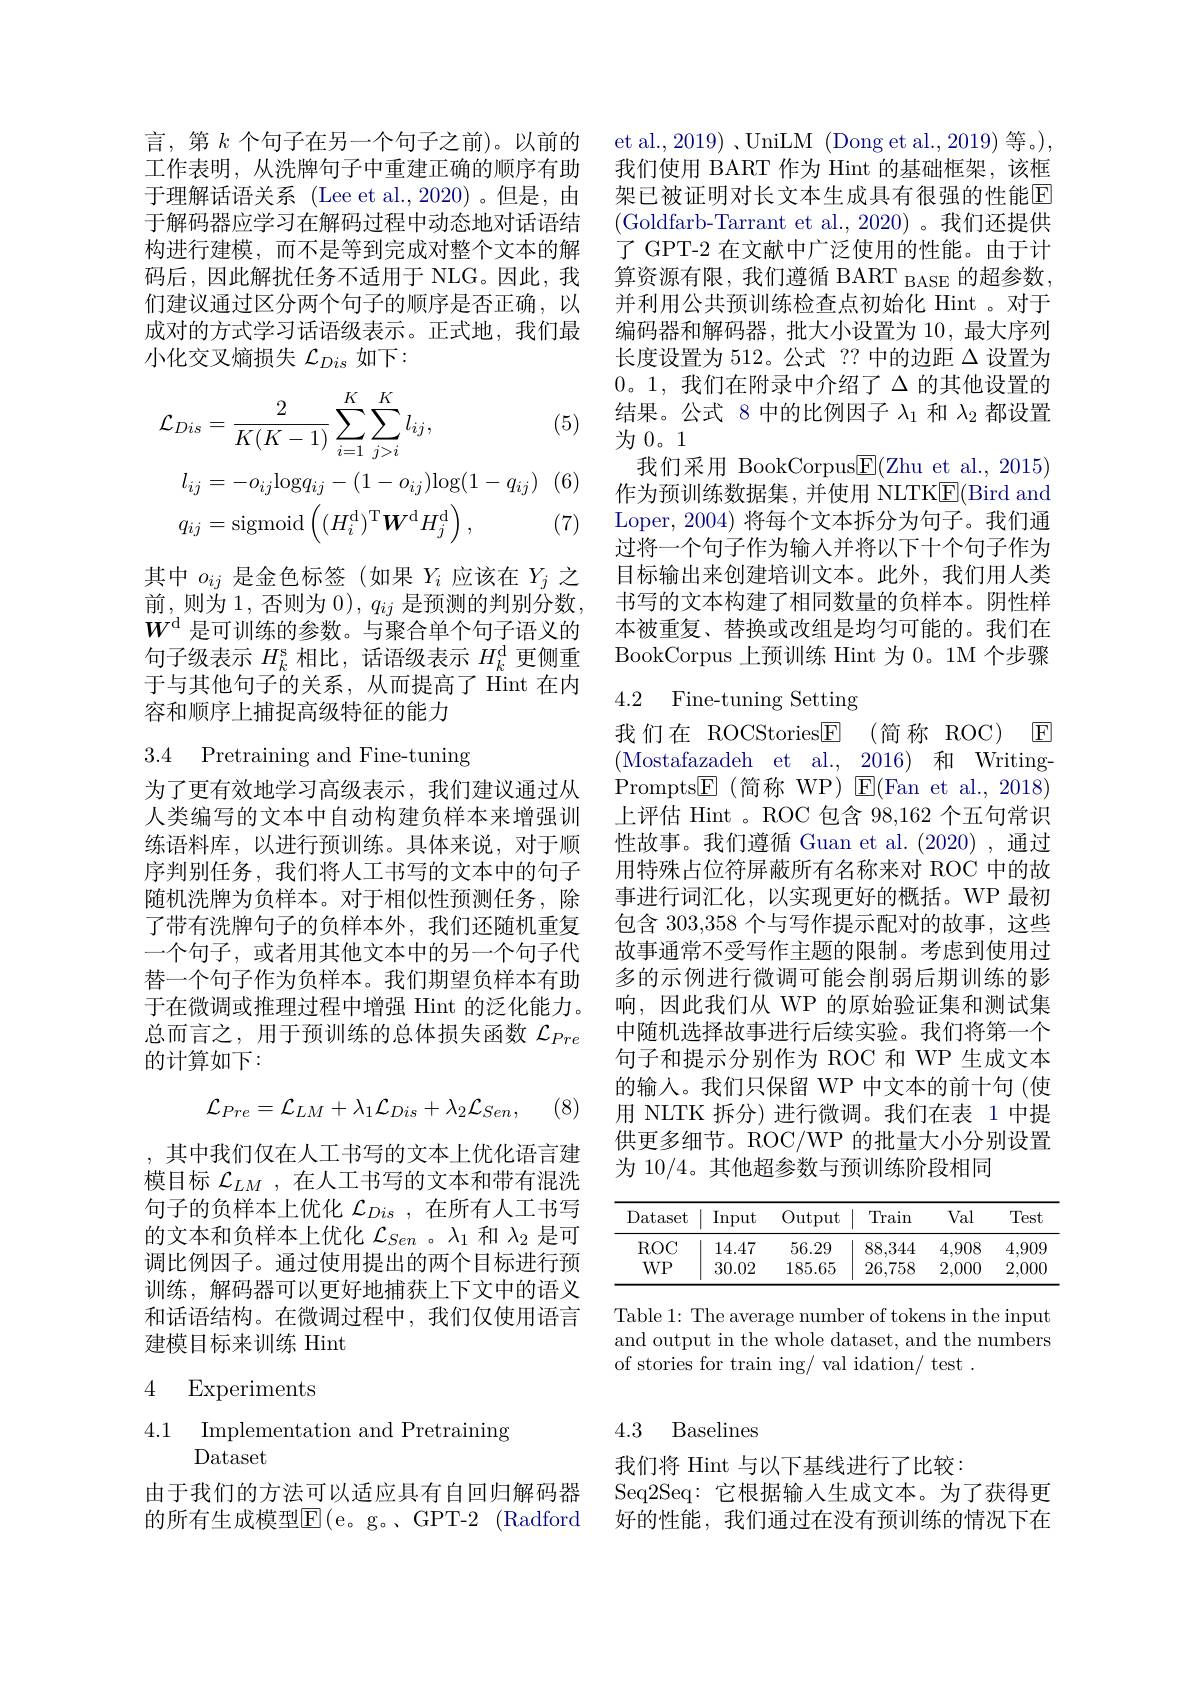
言，第$k$个句子在另一个句子之前)。以前的工作表明，从洗牌句子中重建正确的顺序有助于理解话语关系 (Lee et al.,2020)。但是，由于解码器应学习在解码过程中动态地对话语结构进行建模，而不是等到完成对整个文本的解码后，因此解扰任务不适用于 NLG。因此，我们建议通过区分两个句子的顺序是否正确，以成对的方式学习话语级表示。正式地，我们最小化交叉熵损失$\mathcal{L}_Dis$如下：

(5)
$$\begin{aligned}\mathcal{L}_{Dis}&=\frac{2}{K(K-1)}\sum_{i=1}^{K}\sum_{j>i}^{K}l_{ij},\\l_{ij}&=-o_{ij}\mathrm{log}q_{ij}-(1-o_{ij})\mathrm{log}(1-q_{ij})\\q_{ij}&=\mathrm{sigmoid}\left((H_{i}^{\mathrm{d}})^{\mathrm{T}}\boldsymbol{W}^{\mathrm{d}}H_{j}^{\mathrm{d}}\right),\end{aligned}$$
(6)

(7)

其中$o_{ij}$是金色标签(如果$Y_i$应该在$Y_j$之前，则为 1, 否则为$0),q_ij$是预测的判别分数， $W^\mathrm{d}$是可训练的参数。与聚合单个句子语义的句子级表示$H_k^\mathrm{s}$相比，话语级表示$H_k^\mathrm{d}$更侧重于与其他句子的关系，从而提高了 Hint 在内容和顺序上捕捉高级特征的能力

3.4 Pretraining and Fine-tuning

为了更有效地学习高级表示，我们建议通过从人类编写的文本中自动构建负样本来增强训练语料库，以进行预训练。具体来说，对于顺序判别任务，我们将人工书写的文本中的句子随机洗牌为负样本。对于相似性预测任务，除了带有洗牌句子的负样本外，我们还随机重复一个句子，或者用其他文本中的另一个句子代替一个句子作为负样本。我们期望负样本有助于在微调或推理过程中增强 Hint 的泛化能力。总而言之，用于预训练的总体损失函数$\mathcal{L}_{Pre}$ 的计算如下：
$$\mathcal{L}_{Pre}=\mathcal{L}_{LM}+\lambda_{1}\mathcal{L}_{Dis}+\lambda_{2}\mathcal{L}_{Sen},$$
(8)

,其中我们仅在人工书写的文本上优化语言建模目标$\mathcal{L}_{LM}$ ,在人工书写的文本和带有混洗句子的负样本上优化$\mathcal{L}_Dis$ ,在所有人工书写的文本和负样本上优化$\mathcal{L}_Sen$ 。$\lambda_1$和$\lambda_2$是可调比例因子。通过使用提出的两个目标进行预训练，解码器可以更好地捕获上下文中的语义和话语结构。在微调过程中，我们仅使用语言建模目标来训练 Hint
$$\begin{array}{ll}4&\text{Experiments}\\4.1&\text{Implementation and Pretraining}\\&\text{Dataset}\end{array}$$
由于我们的方法可以适应具有自回归解码器的所有生成模型E$( e$。g。,GPT-2 (Radford

et al., 2019) 、UniLM (Dong et al., 2019) 等。) 我们使用 BART 作为 Hint 的基础框架，该框架已被证明对长文本生成具有很强的性能$\overline{\mathrm{E}}$ (Goldfarb-Tarrant et al., 2020)。我们还提供了 GPT-2 在文献中广泛使用的性能。由于计算资源有限，我们遵循 BART $_\mathrm{BASE}$的超参数， 并利用公共预训练检查点初始化 Hint 。对于编码器和解码器，批大小设置为 10,最大序列长度设置为 512。公式 ?? 中的边距$\Delta$设置为0。1,我们在附录中介绍了$\Delta$的其他设置的结果。公式 8 中的比例因子$\lambda_1$和$\lambda_2$都设置为0。1
我们采用 BookCorpus$\boxed{\mathrm{F}}($Zhu et al., 2015) 作为预训练数据集，并使用 NLTK$\underline{\mathrm{E}}($Bird and Loper, 2004) 将每个文本拆分为句子。我们通过将一个句子作为输人并将以下十个句子作为目标输出来创建培训文本。此外，我们用人类书写的文本构建了相同数量的负样本。阴性样本被重复、替换或改组是均匀可能的。我们在BookCorpus 上预训练 Hint 为 0。1M 个步骤

# 4.2 Fine-tuning Setting

我们在 ROCStories$\underline {\mathrm{F} }$ (简称 ROC) E (Mostafazadeh et al., 2016)和 WritingPrompts$\boxed{\mathrm{E}}$(简称 WP)$\boxed{\mathrm{E}}($Fan et al.,2018) 上评估 Hint 。ROC 包含 98,162 个五句常识性故事。我们遵循 Guan et al. (2020) ,通过用特殊占位符屏蔽所有名称来对 ROC 中的故事进行词汇化，以实现更好的概括。WP 最初包含 303,358 个与写作提示配对的故事，这些故事通常不受写作主题的限制。考虑到使用过多的示例进行微调可能会削弱后期训练的影响，因此我们从 WP 的原始验证集和测试集中随机选择故事进行后续实验。我们将第一个句子和提示分别作为 ROC 和 WP 生成文本的输入。我们只保留 WP 中文本的前十句 (使用 NLTK 拆分)进行微调。我们在表 1 中提供更多细节。ROC/WP 的批量大小分别设置为 10/4。其他超参数与预训练阶段相同

<table>
	<tbody>
		<tr>
			<th>Dataset</th>
			<th>Input</th>
			<th>Output</th>
			<th>Train</th>
			<th>Val</th>
			<th>Test</th>
		</tr>
		<tr>
			<td>$ROC$</td>
			<td>14.47</td>
			<td>56.29</td>
			<td>88,344</td>
			<td>4,908</td>
			<td>4,909</td>
		</tr>
		<tr>
			<td>$WP$</td>
			<td>30.02</td>
			<td>185.65</td>
			<td>26,758</td>
			<td>2,000</td>
			<td>2,000</td>
		</tr>
	</tbody>
</table>

Table 1: The average number of tokens in the input and output in the whole dataset, and the numbers of stories for train ing/ val idation/ test .

## 4.3 Baselines

我们将 Hint 与以下基线进行了比较：
Seq2Seq: 它根据输入生成文本。为了获得更好的性能，我们通过在没有预训练的情况下在